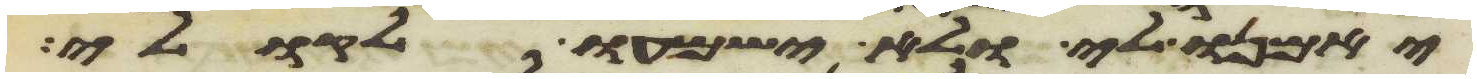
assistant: יאמנו לי ולא ישמעו לקולי